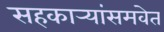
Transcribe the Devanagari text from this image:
सहकार्‍यांसमवेत